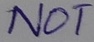
Text: NOT